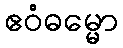
ဧဝံဓမ္မော